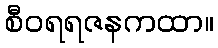
စီဝရရဇနကထာ။